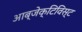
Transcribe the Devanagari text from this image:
आब्जेक्टिविस्ट